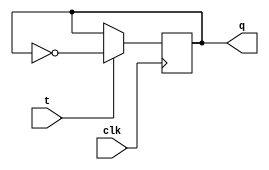
module t_ff (
   input wire clk,
   input wire t,
   output reg q
);

reg d;

always @ (posedge clk) begin
   if (t)
      d <= ~d;
end

assign q = d;

endmodule